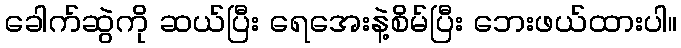
ခေါက်ဆွဲကို ဆယ်ပြီး ရေအေးနဲ့စိမ်ပြီး ဘေးဖယ်ထားပါ။